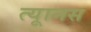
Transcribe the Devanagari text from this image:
त्यूानस